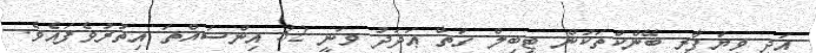
އަދި ވިޔަފާރި ބޭންކްތަކުން ޓީބިލް ގަތް ޢަދަދު ވަނީ 32 އިންސައްތަ އިތުރުވެފައެވެ.